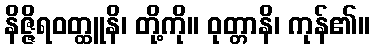
နိဇ္ဇိရဝတ္ထူနိ၊ တို့ကို။ ဝုတ္တာနိ၊ ကုန်၏။